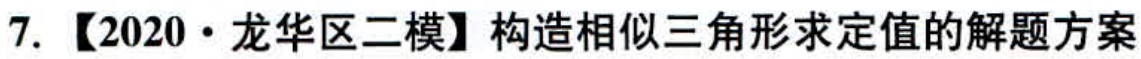
7.【2020·龙华区二模】构造相似三角形求定值的解题方案